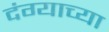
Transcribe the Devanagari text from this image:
दंग्याच्या